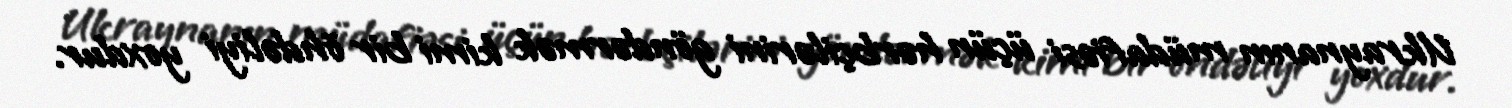
Ukraynanın müdafiəsi üçün hərbçilərini göndərmək kimi bir öhdəliyi yoxdur.